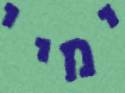
ימיי